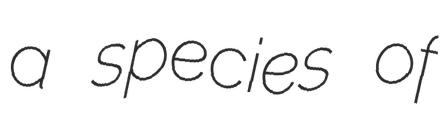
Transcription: a species of